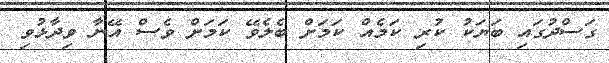
ގަސްދުގައި ބަޔަކު ކުރި ކަމެއް ކަމަށް ބެލެވޭ ކަމަށް ވެސް އޭނާ ވިދާޅުވި